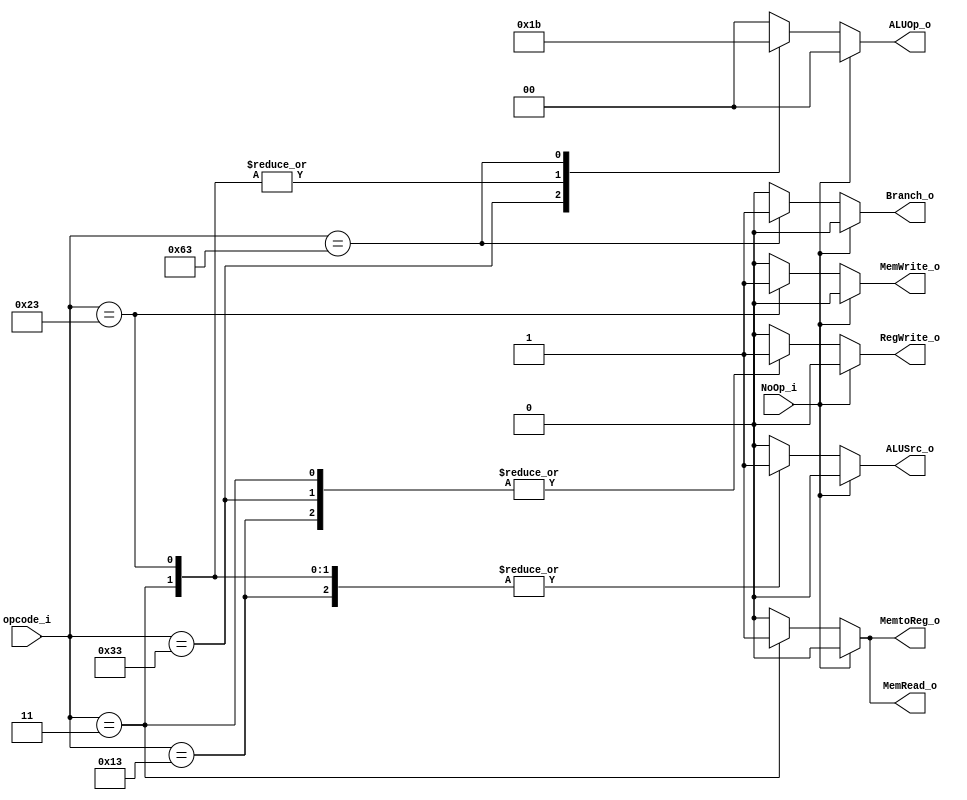
module Control
(
    NoOp_i,
    opcode_i, 
    ALUOp_o, 
    ALUSrc_o,
    RegWrite_o,
    MemtoReg_o,
    MemRead_o,
    MemWrite_o,
    Branch_o
);

input NoOp_i;
input [6:0] opcode_i;
output reg [1:0] ALUOp_o; 
output reg ALUSrc_o;
output reg RegWrite_o;
output reg MemtoReg_o;
output reg MemRead_o;
output reg MemWrite_o;
output reg Branch_o;

always @(*) begin
    if (NoOp_i) begin
        ALUOp_o = 2'b00;
        ALUSrc_o = 1'b0;
        RegWrite_o = 1'b0;
        MemtoReg_o = 1'b0;
        MemRead_o = 1'b0;
        MemWrite_o = 1'b0;
        Branch_o = 1'b0;
    end
    else
    case (opcode_i)
        7'b0010011: begin // I-type
            ALUOp_o = 2'b00;
            ALUSrc_o = 1'b1; // read imm
            RegWrite_o = 1'b1;
            MemtoReg_o = 1'b0;
            MemRead_o = 1'b0;
            MemWrite_o = 1'b0;
            Branch_o = 1'b0;
        end

        7'b0110011: begin // R-type
            ALUOp_o = 2'b01;
            ALUSrc_o = 1'b0; // read rs2
            RegWrite_o = 1'b1;
            MemtoReg_o = 1'b0;
            MemRead_o = 1'b0;
            MemWrite_o = 1'b0;
            Branch_o = 1'b0;       
        end

        7'b0000011: begin // lw
            ALUOp_o = 2'b10;
            ALUSrc_o = 1'b1; // read imm
            RegWrite_o = 1'b1;
            MemtoReg_o = 1'b1;
            MemRead_o = 1'b1;
            MemWrite_o = 1'b0;
            Branch_o = 1'b0;
        end

        7'b0100011: begin // sw
            ALUOp_o = 2'b10;
            ALUSrc_o = 1'b1; // read imm
            RegWrite_o = 1'b0;
            MemtoReg_o = 1'b0;
            MemRead_o = 1'b0;
            MemWrite_o = 1'b1;  
            Branch_o = 1'b0;
        end

        7'b1100011: begin // beq
            ALUOp_o = 2'b11;
            ALUSrc_o = 1'b0; // read rs2
            RegWrite_o = 1'b0;
            MemtoReg_o = 1'b0;
            MemRead_o = 1'b0;
            MemWrite_o = 1'b0;
            Branch_o = 1'b1;
        end

        default: begin
            ALUOp_o = 2'b00;
            ALUSrc_o = 1'b0;
            RegWrite_o = 1'b0;
            MemtoReg_o = 1'b0;
            MemRead_o = 1'b0;
            MemWrite_o = 1'b0;
            Branch_o = 1'b0;
        end
    endcase
    
end

endmodule